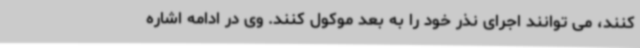
کنند، می توانند اجرای نذر خود را به بعد موکول کنند. وی در ادامه اشاره